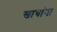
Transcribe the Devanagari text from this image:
खाचांना